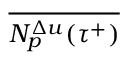
\overline { { N _ { p } ^ { \Delta u } ( { \tau } ^ { + } ) } }